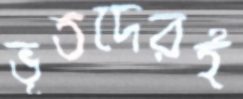
ভূতদেরই